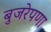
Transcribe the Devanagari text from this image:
बुजरेपणा